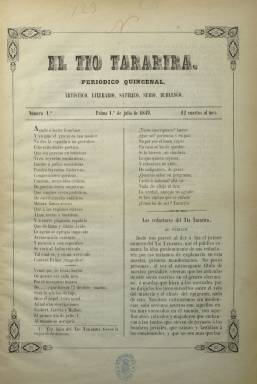
Título: El Tío Tararira
Colección: Periódicos
Ámbito geográfico: Baleares
Lugar de publicación: Palma [de Mallorca]
Fechas: 01/07/1849-15/08/1849

Además de “periódico quincenal”, indica su subtítulo que es “artístico, literario, satírico, serio, burlesco”, y en el artículo de presentación, que publicará leyendas históricas, composiciones poéticas, cuentos o “merecidas críticas”, para a continuación decir sus “redactores” que “criticaremos sin insolencia”. Sin embargo, las sólo cuatro entregas que publicó –del uno de julio al quince de agosto de 1849– las dedicó casi íntegramente a textos crítico-burlescos sobre Joaquín María Bover de Roselló (1810-1865), empezando con la respuesta que ofrece a un artículo aparecido sobre este erudito mallorquín en el periódico El Trono y la nobleza (1845), de Manuel Ovilo y Otero (1826-1885), que califica de “hinchada y ridícula y estupenda apología”.

En un formato en folio, de cuatro o seis páginas, sus textos son en prosa y en verso, y dedicará una sección a Teatro o Revista teatral de alguna de las obras que se representaron en ese tiempo en la ciudad balear, además de un artículo remitido, bajo la firma Varios mallorquines amantes de su país, que también será contestado posteriormente. Con bella composición tipográfica, orlas y alguna viñeta, el título adoptado por este periódico coincide con una comedia en un acto que Ventura de la Vega (1807-1865) había publicado un año antes, además de referirse a un modismo coloquial cuyo significado corresponde a una persona ridícula o dicharachera.

Según Colomar (2001), este periódico –al que Altabella (1969) califica de libelo– fue editado con el exclusivo objeto de satirizar a Bover y “a los círculos literarios o mínimamente cultos de Mallorca”. En la descripción que el propio Bover hace del mismo, en su diccionario de los periódicos de las Baleares (1862), indica que la Audiencia Territorial de Mallorca, en sentencia del 22 de junio de 1850, condenó por injurias a Pere Josep Umbert, como encargado de la Imprenta Balear en la que se estampó y como su editor responsable, a una multa de 100 duros, destierro de dos años a cinco leguas de la ciudad y a la suspensión de todo cargo o derecho político durante ese tiempo, además de al pago de las costas y gastos procesales, tras la correspondiente querella presentada por el propio Bover.

Con un estudio de José Carlos Llop y Antonio Planas, este periódico fue reproducido en facsímil en una edición de José J. de Olañeta, en 1982. Otras referencias al mismo son las de Jaume Bover (1981 y 1983), Oliver (1988) y Serra Busquets (1994).

En el trabajo de Jaume de Bover, de 1981, se indica que los integrantes de su redacción son los mismos que los del diario liberal moderado El Balear (1848-1856), que también era estampado en la misma imprenta a cargo de Umbert, y que la integraban Francesc Manuel de los Herreros, Gaietà Socias, Joan Bo, Pere d’A. Peña, J. Corradi, Joan Massanet i Ochando, Francisco de P. Torrens y Rafael Castañer.